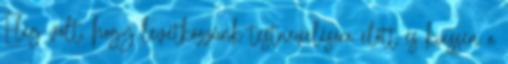
Elég volt, hogy levetkőzzünk testnevelésóra előtt és kiessen a